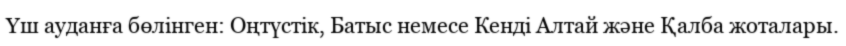
Үш ауданға бөлінген: Оңтүстік, Батыс немесе Кенді Алтай және Қалба жоталары.